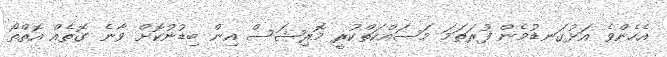
އެހެންވެ އަޅުގަނޑުމެން ފުރަތަމަ މަސައްކަތްކުރީ މޮރިޝަސް އިން ބިޑުނުކޮށް ވާނެ ގޮތެއް އޮތްތޯ